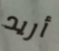
أريد